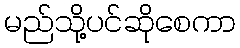
မည်သို့ပင်ဆိုစေကာ